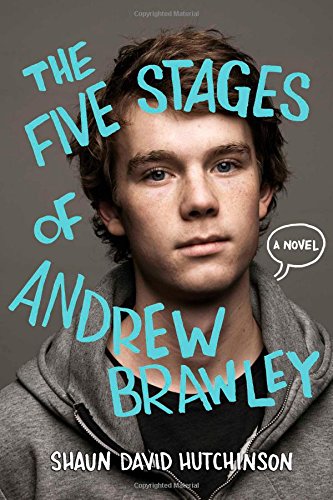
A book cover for The Five Stages of Andrew Brawley; Shaun David Hutchinson; Teen & Young Adult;